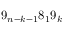
9 _ { n - k - 1 } 8 _ { 1 } 9 _ { k }